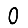
Digit: 0